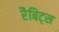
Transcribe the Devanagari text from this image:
रैबिट्स